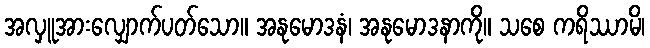
အလှူအားလျှောက်ပတ်သော။ အနုမောဒနံ၊ အနုမောဒနာကို။ သစေ ကရိဿာမိ၊